Indian journal of veterinary science and animal husbandry - Volume 14,
Year: 1944
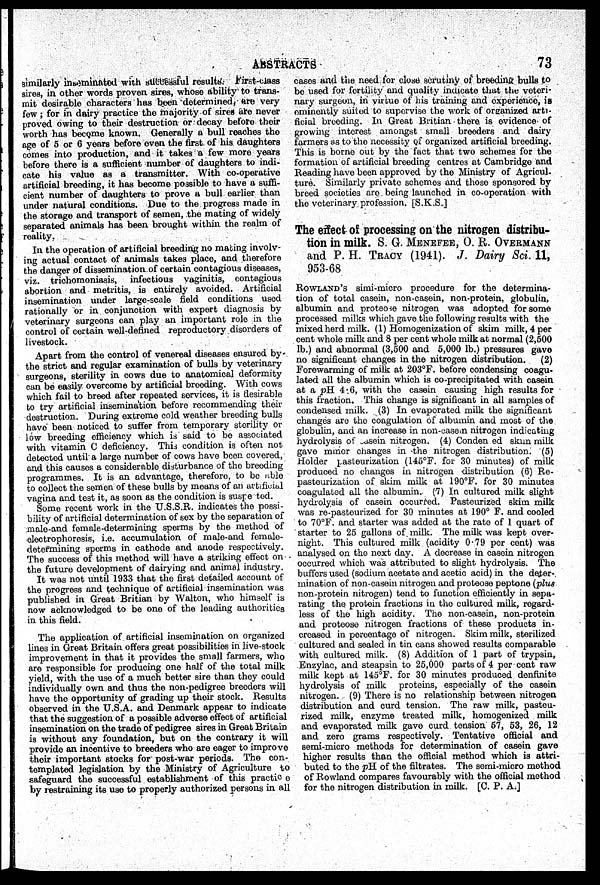
ABSTRACTS
73
similarly inseminated with successful results. First-class
sires, in other words proven sires, whose ability to trans-
mit desirable characters has been determined, are very
few ; for in dairy practice the majority of sires are never
proved owing to their destruction or decay before their
worth has become known. Generally a bull reaches the
age of 5 or 6 years before even the first of his daughters
comes into production, and it takes a few more years
before there is a sufficient number of daughters to indi-
cate his value as a transmitter. With co-operative
artificial breeding, it has become possible to have a suffi-
cient number of daughters to prove a bull earlier than
under natural conditions. Due to the progress made in
the storage and transport of semen, the mating of widely
separated animals has been brought within the realm of
reality.
In the operation of artificial breeding no mating involv-
ing actual contact of animals takes place, and therefore
the danger of dissemination of certain contagious diseases,
viz. trichomoniasis, infectious vaginitis, contagious
abortion and metritis, is entirely avoided. Artificial
insemination under large-scale field conditions used
rationally or in conjunction with expert diagnosis by
veterinary surgeons can play an important role in the
control of certain well-defined reproductory disorders of
livestock.
Apart from the control of venereal diseases ensured by
the strict and regular examination of bulls by veterinary
surgeons, sterility in cows due to anatomical deformity
can be easily overcome by artificial breeding. With cows
which fail to breed after repeated services, it is desirable
to try artificial insemination before recommending their
destruction. During extreme cold weather breeding bulls
have been noticed to suffer from temporary sterility or
low breeding efficiency which is said to be associated
with vitamin C deficiency. This condition is often not
detected until a large number of cows have been covered,
and this causes a considerable disturbance of the breeding
programmes. It is an advantage, therefore, to be able
to collect the semen of these bulls by means of an artificial
vagina and test it, as soon as the condition is suspected.
Some recent work in the U.S.S.R. indicates the possi-
bility of artificial determination of sex by the separation of
male and female-determining sperms by the method of
electrophoresis, i.e. accumulation of male and female-
determining sperms in cathode and anode respectively.
The success of this method will have a striking effect on
the future development of dairying and animal industry.
It was not until 1933 that the first detailed account of
the progress and technique of artificial insemination was
published in Great Britian by Walton, who himself is
now acknowledged to be one of the leading authorities
in this field.
The application of artificial insemination on organized
lines in Great Britain offers great possibilities in live-stock
improvement in that it provides the small farmers, who
are responsible for producing one half of the total milk
yield, with the use of a much better sire than they could
individually own and thus the non-pedigree breeders will
have the opportunity of grading up their stock. Results
observed in the U.S.A. and Denmark appear to indicate
that the suggestion of a possible adverse effect of artificial
insemination on the trade of pedigree sires in Great Britain
is without any foundation, but on the contrary it will
provide an incentive to breeders who are eager to improve
their important stocks for post-war periods. The con-
templated legislation by the Ministry of Agriculture to
safeguard the successful establishment of this practice
by restraining its use to properly authorized persons in all
cases and the need for close scrutiny of breeding bulls to
be used for fertility and quality indicate that the veteri-
nary surgeon, in virtue of his training and experience, is
eminently suited to supervise the work of organized arti-
ficial breeding. In Great Britian there is evidence of
growing interest amongst small breeders and dairy
farmers as to the necessity of organized artificial breeding.
This is borne out by the fact that two schemes for the
formation of artificial breeding centres at Cambridge and
Reading have been approved by the Ministry of Agricul-
ture. Similarly private schemes and those sponsored by
breed societies are being launched in co-operation with
the veterinary profession. [S.K.S.]
The effect of processing on the nitrogen distribu-
tion in milk. S. G. MENEFEE, O. R. OVERMANN
and P. H. TRACY (1941). J. Dairy Sci. 11,
953-68
ROWLAND'S simi-micro procedure for the determina-
tion of total casein, non-casein, non-protein, globulin,
albumin and proteose nitrogen was adopted for some
processed milks which gave the following results with the
mixed herd milk. (1) Homogenization of skim milk, 4 per
cent whole milk and 8 per cent whole milk at normal (2,500
lb.) and abnormal (3,500 and 5,000 lb.) pressures gave
no significant changes in the nitrogen distribution.
(2)
Forewarming of milk at 203°F. before condensing coagu-
lated all the albumin which is co-precipitated with casein
at a pH 4.6, with the casein causing high results for
this fraction. This change is significant in all samples of
condensed milk. (3) In evaporated milk the significant
changes are the coagulation of albumin and most of the
globulin, and an increase in non-casein nitrogen indicating
hydrolysis of casein nitrogen. (4) Conden ed skim milk
gave minor changes in the nitrogen distribution. (5)
Holder pasteurization (145°F. for 30 minutes) of milk
produced no changes in nitrogen distribution (6) Re-
pasteurization of skim milk at 190°F. for 30 minutes
coagulated all the albumin. (7) In cultured milk slight
hydrolysis of casein occurred. Pasteurized skim milk
was re-pasteurized for 30 minutes at 190° F. and cooled
to 70°F. and starter was added at the rate of 1 quart of
starter to 25 gallons of milk. The milk was kept over-
night. This cultured milk (acidity 0.79 per cent) was
analysed on the next day. A decrease in casein nitrogen
occurred which was attributed to slight hydrolysis. The
buffers used (sodium acetate and acetic acid) in the deter-
mination of non-casein nitrogen and proteose peptone (plus
non-protein nitrogen) tend to function efficiently in sepa-
rating the protein fractions in the cultured milk, regard-
less of the high acidity. The non-casein, non-protein
and proteose nitrogen fractions of these products in-
creased in percentage of nitrogen. Skim milk, sterilized
cultured and sealed in tin cans showed results comparable
with cultured milk. (8) Addition of 1 part of trypsin,
Enzylac, and steapsin to 25,000 parts of 4 per cent raw
milk kept at 145°F. for 30 minutes produced denfinite
hydrolysis of milk proteins, especially of the casein
nitrogen. (9) There is no relationship between nitrogen
distribution and curd tension. The raw milk, pasteu-
rized milk, enzyme treated milk, homogenized milk
and evaporated milk gave curd tension 57, 53, 26, 12
and zero grams respectively. Tentative official and
semi-micro methods for determination of casein gave
higher results than the official method which is attri-
buted to the pH of the filtrates. The semi-micro method
of Rowland compares favourably with the official method
for the nitrogen distribution in milk. [C. P. A.]